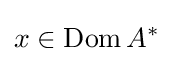
x\in \operatorname {Dom} A^{*}